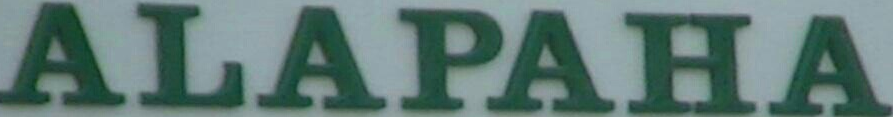
ALAPAHA